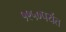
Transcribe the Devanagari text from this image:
१९५०पर्यंत